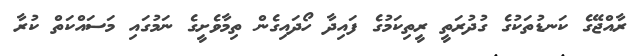
ރާއްޖޭގެ ކަނޑުތަކުގެ ގުދުރަތީ ރީތިކަމުގެ ފައިދާ ހޯދައިގެން ތިމާވެށީގެ ނަމުގައި މަސައްކަތް ކުރާ